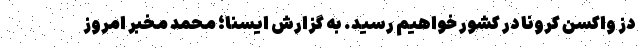
دز واکسن کرونا در کشور خواهیم رسید. به گزارش ایسنا؛ محمد مخبر امروز